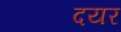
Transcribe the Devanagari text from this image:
दयर